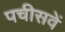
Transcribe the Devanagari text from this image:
पचीसवें